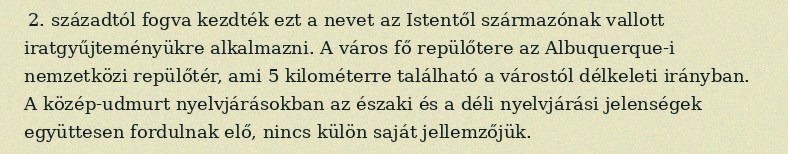
2. századtól fogva kezdték ezt a nevet az Istentől származónak vallott iratgyűjteményükre alkalmazni. A város fő repülőtere az Albuquerque-i nemzetközi repülőtér, ami 5 kilométerre található a várostól délkeleti irányban. A közép-udmurt nyelvjárásokban az északi és a déli nyelvjárási jelenségek együttesen fordulnak elő, nincs külön saját jellemzőjük.